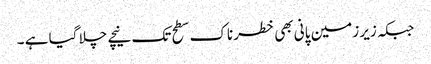
جبکہ زیر زمین پانی بھی خطرناک سطح تک نیچے چلا گیا ہے ۔